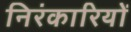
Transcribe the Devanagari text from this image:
निरंकारियों